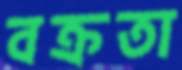
বক্রতা